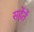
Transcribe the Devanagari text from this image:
सहेंतें